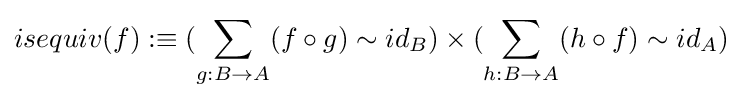
isequiv(f):\equiv (\sum _{g:B\rightarrow A}(f\circ g)\sim id_{B})\times (\sum _{h:B\rightarrow A}(h\circ f)\sim id_{A})